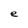
Character: e